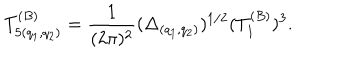
T _ { 5 ( q _ { 1 } , q _ { 2 } ) } ^ { ( B ) } = { \frac { 1 } { ( 2 \pi ) ^ { 2 } } } ( \Delta _ { ( q _ { 1 } , q _ { 2 } ) } ) ^ { 1 / 2 } ( T _ { 1 } ^ { ( B ) } ) ^ { 3 } .